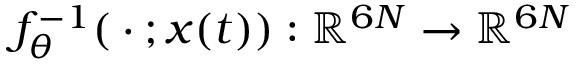
f _ { \theta } ^ { - 1 } ( { } \cdot { } ; x ( t ) ) : \mathbb { R } ^ { 6 N } \to \mathbb { R } ^ { 6 N }